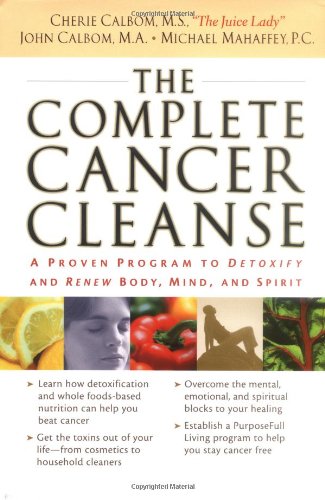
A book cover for THE COMPLETE CANCER CLEANSE: A Proven Program to Detoxify and Renew Body, Mind, and Spirit; Health, Fitness & Dieting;